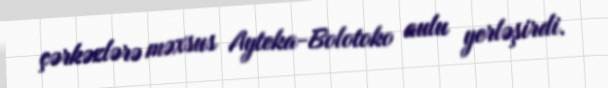
çərkəzlərə məxsus Ayteka-Bolotoko aulu yerləşirdi.